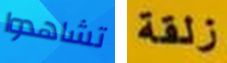
تشاهدوا زلقة